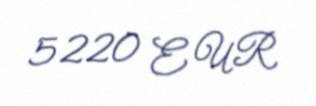
5220 EUR